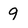
Character: 9